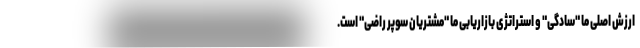
ارزش اصلی ما "سادگی" و استراتژی بازاریابی ما "مشتریان سوپر راضی" است.